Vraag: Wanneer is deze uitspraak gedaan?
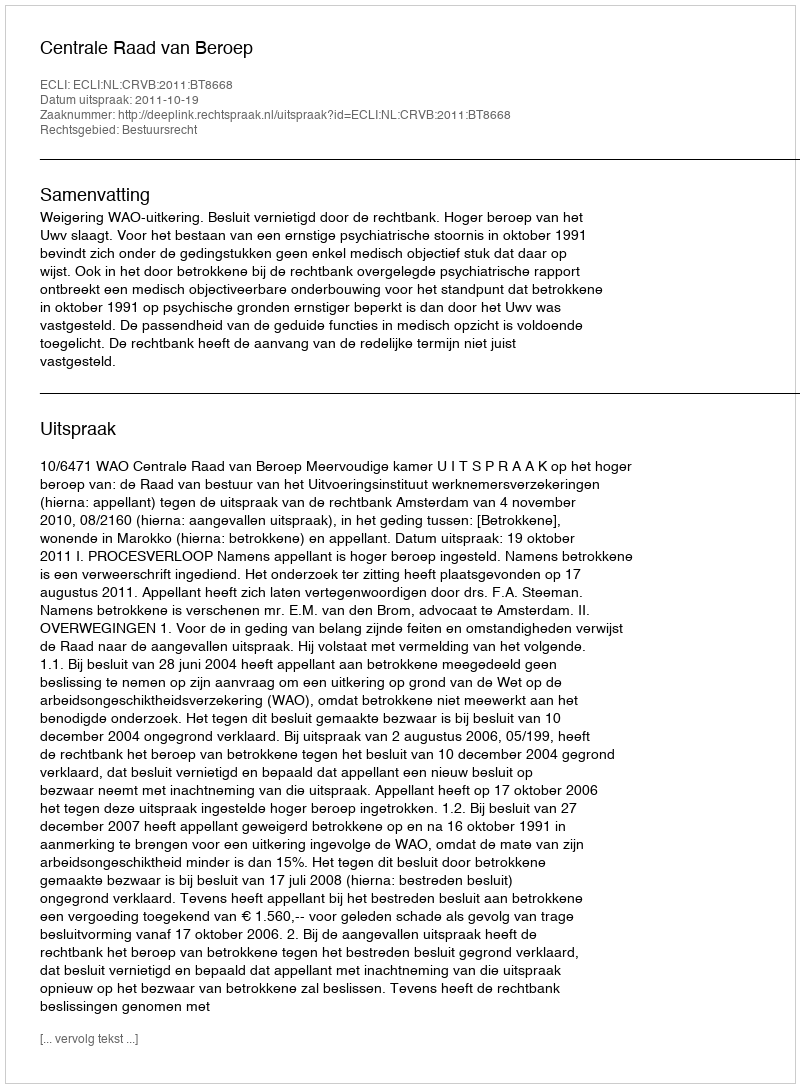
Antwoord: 2011-10-19